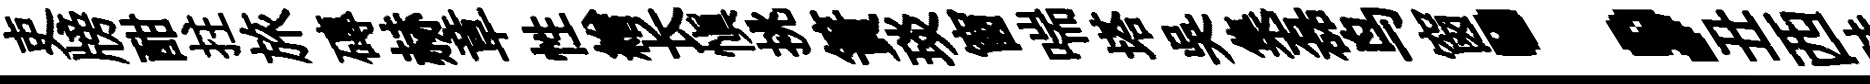
吏牓酣拄旅磚赫章性繒长慎挑簀琰窗喘塔吴集磊鸟窗；丑西昧